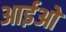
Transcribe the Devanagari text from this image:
आईओ